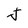
Character: J